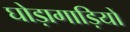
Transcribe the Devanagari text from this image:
घोड़ागाड़ियों